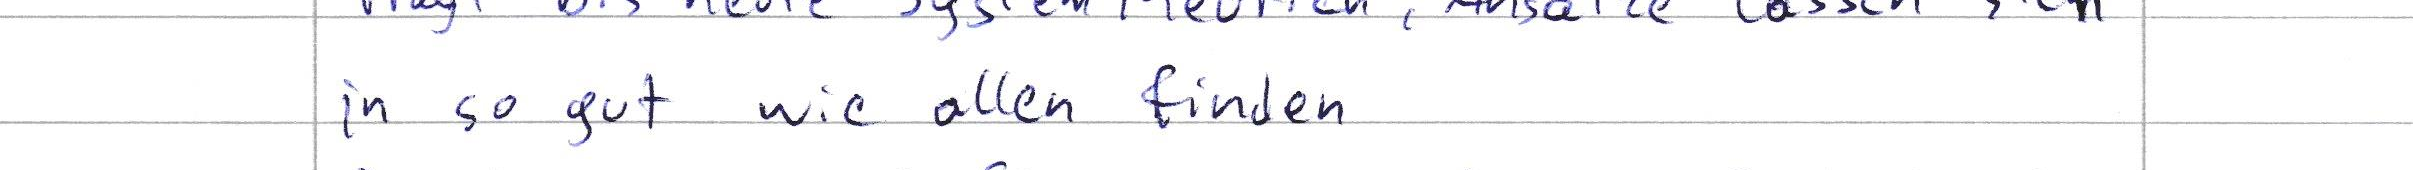
in so gut wie allen finden